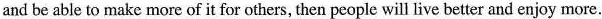
and be able to make more of it for others, then people will live better and enjoy more.